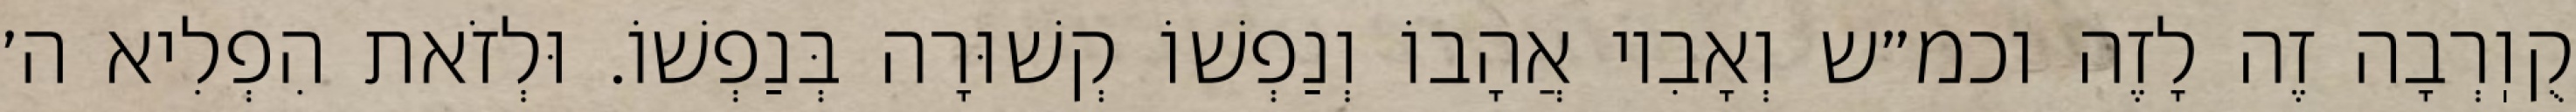
קֻוֽרְבָה זֶה לָזֶה וכמ״ש וְאָבִיו אֲהָבוֹ וְנַפְשׁוֹ קְשׁוּרָה בְּנַפְשׁוֹ. וּלְזֹאת הִפְלִיא ה׳